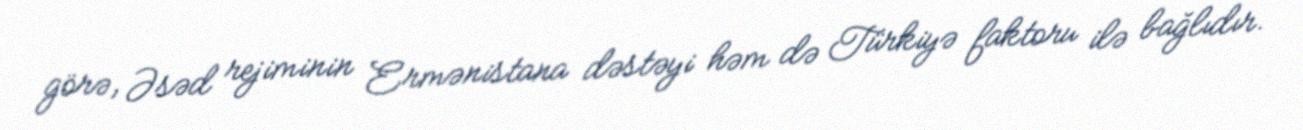
görə, Əsəd rejiminin Ermənistana dəstəyi həm də Türkiyə faktoru ilə bağlıdır.